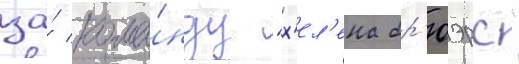
за́ кома́нду "х'ел'ена бр'юэрс"